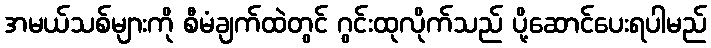
အမယ်သစ်များကို စီမံချက်ထဲတွင် ဂွင်းထုလိုက်သည် ပို့ဆောင်ပေးရပါမည်